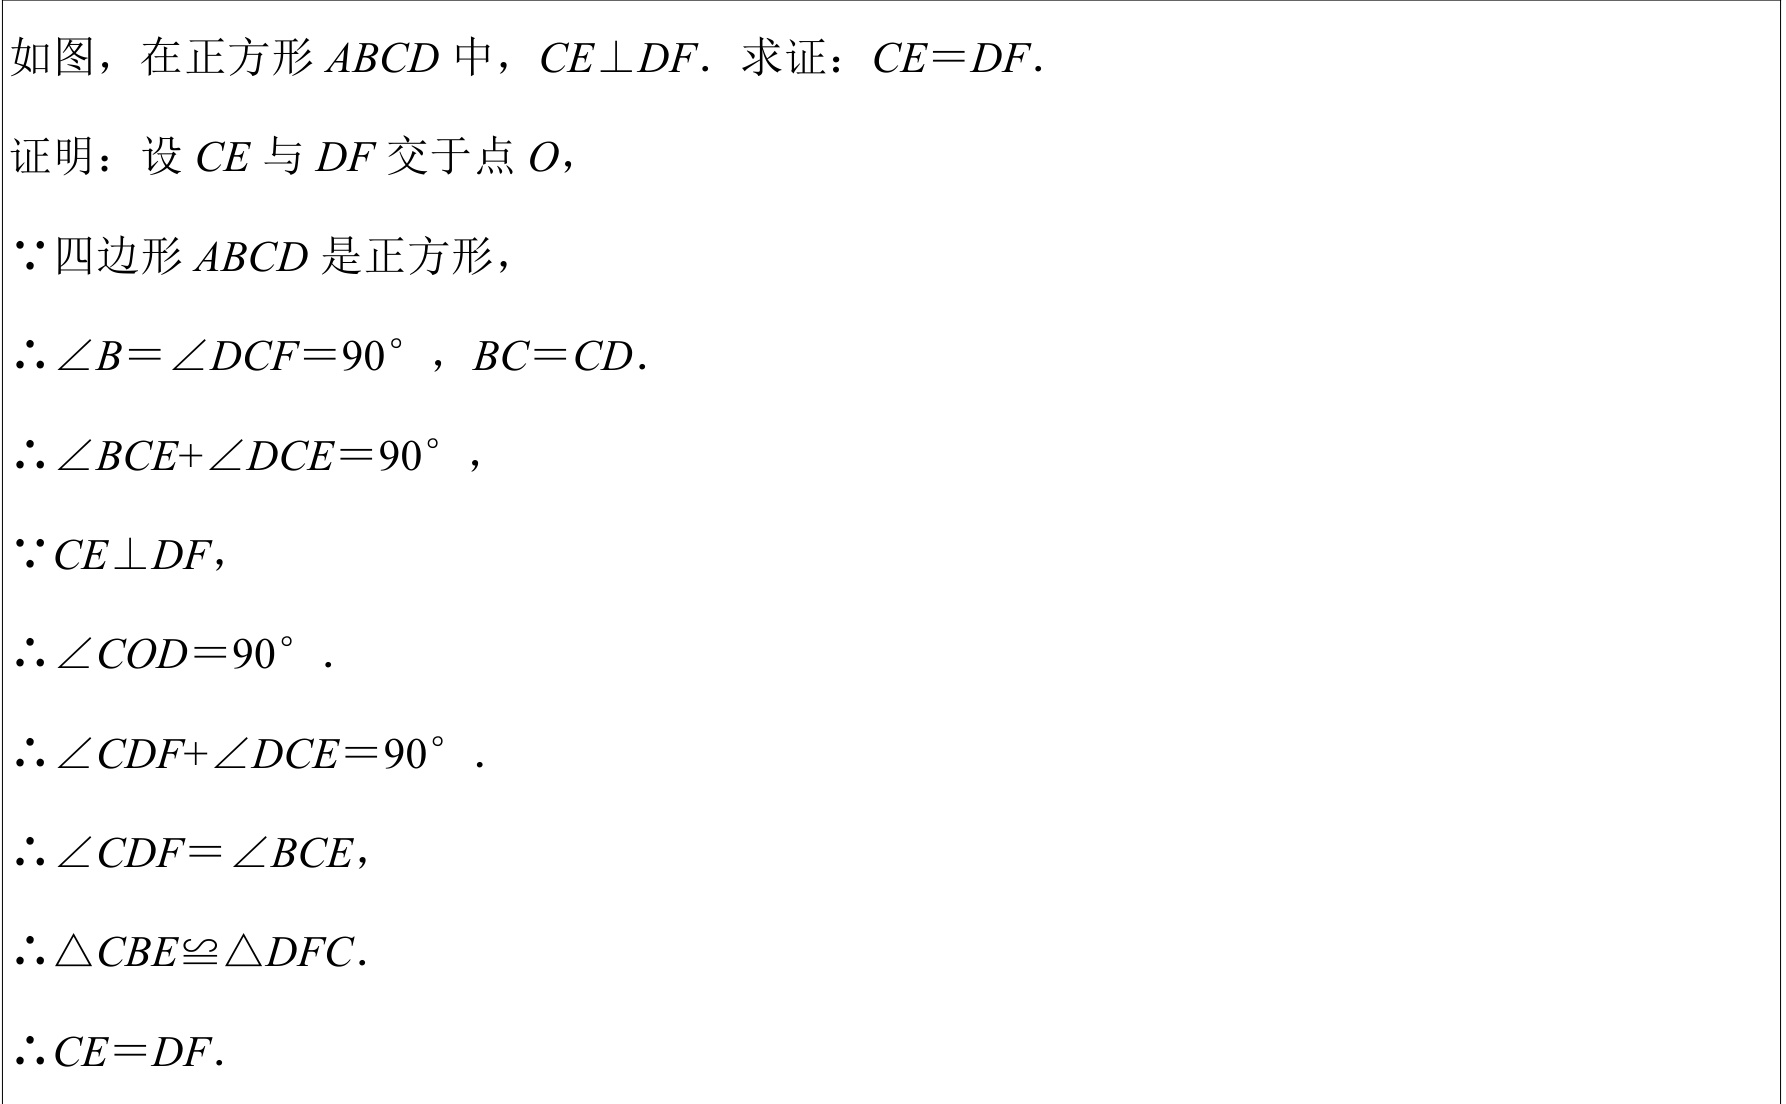
如图，在正方形\(ABCD\)中，\(CE\perp DF\). 求证：\(CE = DF\).
证明：设\(CE\)与\(DF\)交于点\(O\)，
\(\because\)四边形\(ABCD\)是正方形，
\(\therefore\angle B=\angle DCF = 90^{\circ}\)，\(BC = CD\).
\(\therefore\angle BCE+\angle DCE = 90^{\circ}\)，
\(\because CE\perp DF\)，
\(\therefore\angle COD = 90^{\circ}\).
\(\therefore\angle CDF+\angle DCE = 90^{\circ}\).
\(\therefore\angle CDF=\angle BCE\)，
\(\therefore\triangle CBE\cong\triangle DFC\).
\(\therefore CE = DF\).